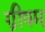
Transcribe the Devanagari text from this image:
ग्रीषम